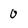
Character: O